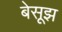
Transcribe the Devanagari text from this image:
बेसूझ